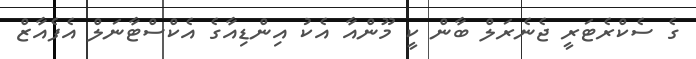
ގެ ސެކްރެޓަރީ ޖެނެރަލް ބާން ކީ މޫންއާ އެކު އިންޑިއާގެ އެކްސްޓާނަލް އެފެއާޒް